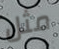
مثل